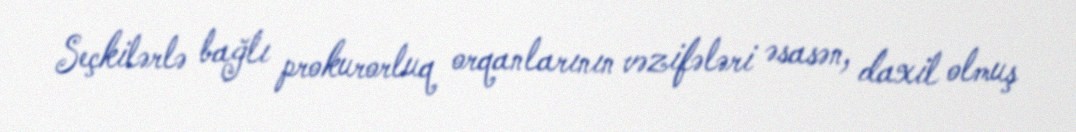
Seçkilərlə bağlı prokurorluq orqanlarının vəzifələri əsasən, daxil olmuş